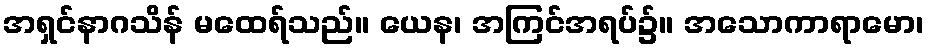
အရှင်နာဂသိန် မထေရ်သည်။ ယေန၊ အကြင်အရပ်၌။ အသောကာရာမော၊